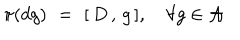
LaTeX: \pi ( d g ) \, \, = \, \, [ \, D \, , \, g \, ] , \, \, \, \, \, \, \forall g \in { \cal A }